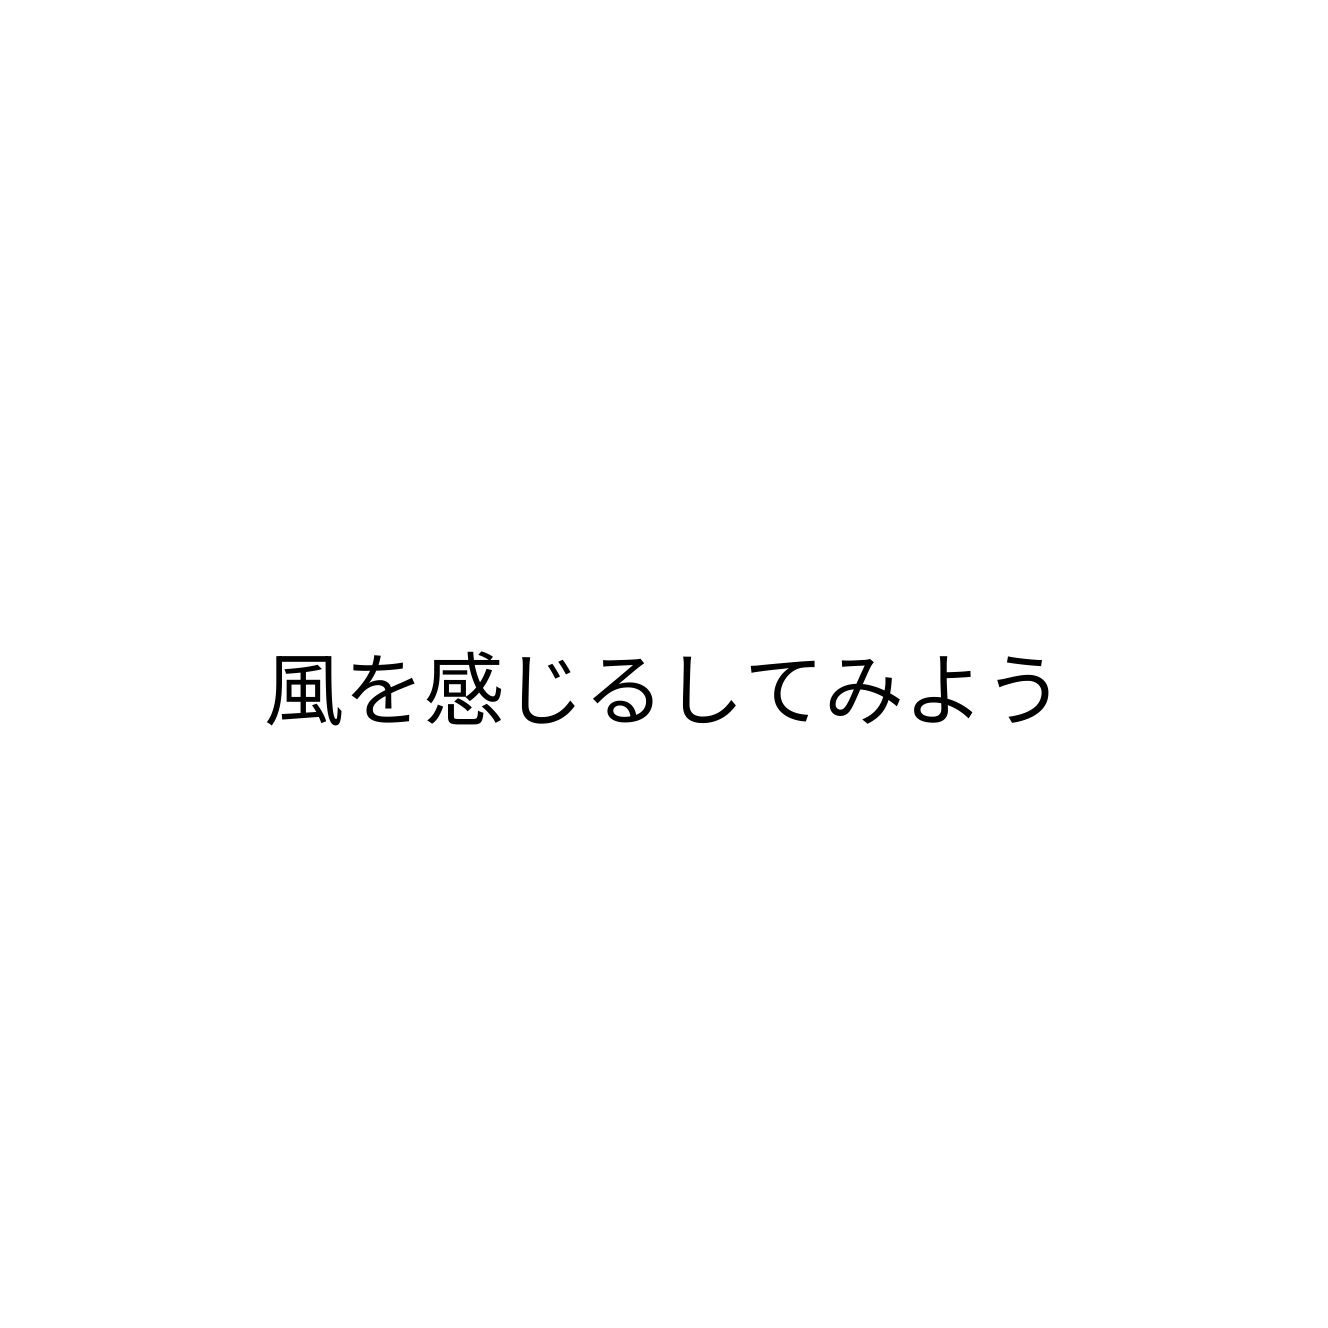
風を感じるしてみよう